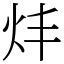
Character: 炐